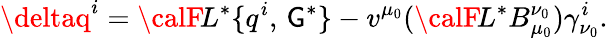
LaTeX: \deltaq^{i}={\calF}\! L^{*}\{ q^{i},\, \mathsf{G}^{*}\} -v^{\mu_{0}}({\calF}\! L^{*}B_{\mu_{0}}^{\nu_{0}})\gamma_{\nu_{0}}^{i}.